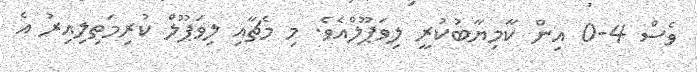
ވެސް 4-0 އިން ކާމިޔާބުކުރީ ލިވަޕޫލްއެވެ. މި މެޗާއި ލިވަޕޫލް ކުރިމަތިލިއިރު އެ